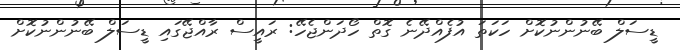
ޑީސަލް ބޭނުންނުކޮށް ހަކަތަ އުފެއްދޭނެ ގޮތް ހޯދަންޖެހޭ: ރައީސް ރާއްޖޭގައި ޑީސަލް ބޭނުންނުކޮށް